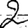
Digit: 2